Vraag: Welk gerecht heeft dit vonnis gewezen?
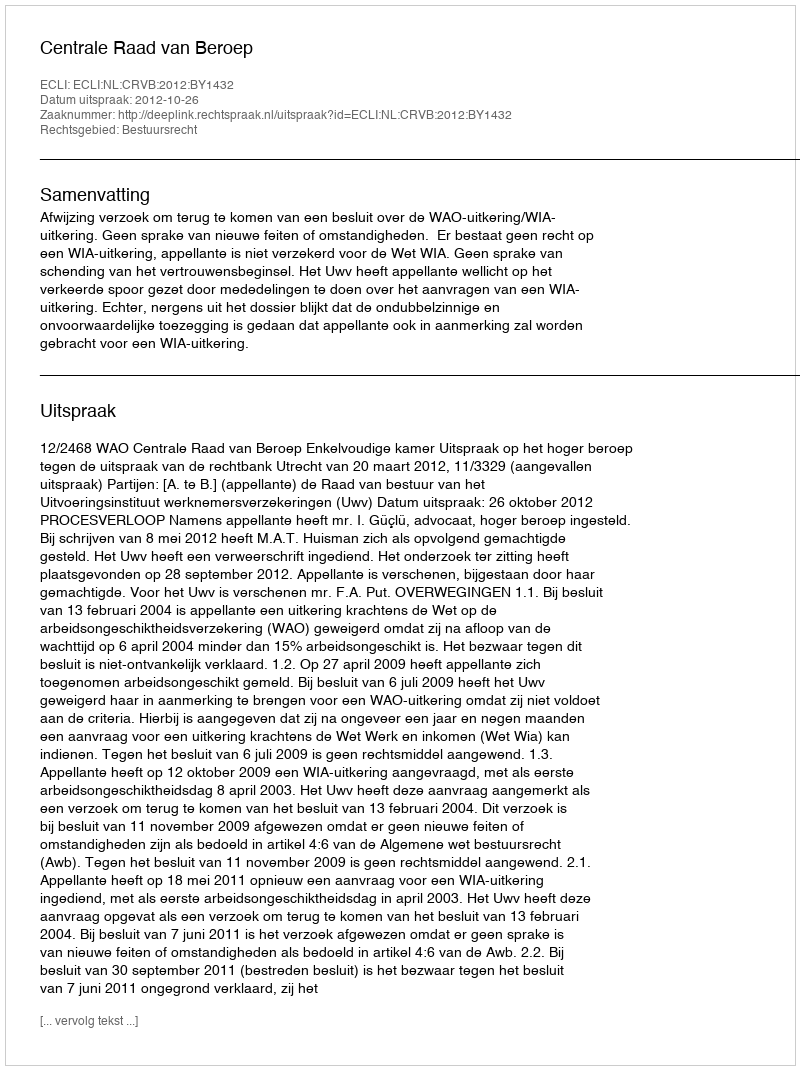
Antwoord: Centrale Raad van Beroep